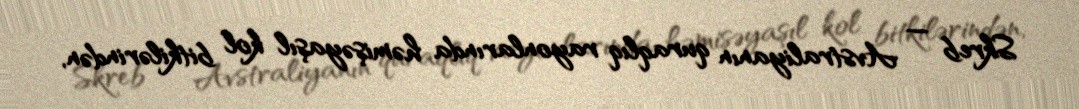
Skreb — Avstraliyanın quraqlıq rayonlarında həmişəyaşıl kol bitkilərindən,